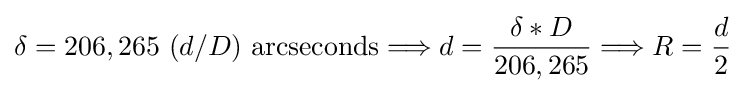
\delta =206,265~(d/D)~\mathrm {arcseconds} \Longrightarrow d={\frac {\delta *D}{206,265}}\Longrightarrow R={\frac {d}{2}}